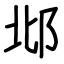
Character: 邶